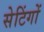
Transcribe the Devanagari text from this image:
सेटिंगों